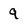
Character: 9